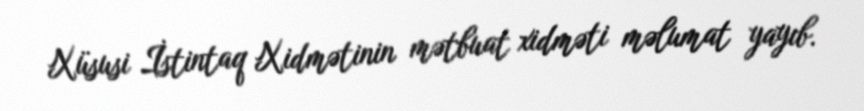
Xüsusi İstintaq Xidmətinin mətbuat xidməti məlumat yayıb.